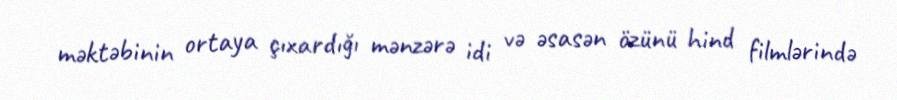
məktəbinin ortaya çıxardığı mənzərə idi və əsasən özünü hind filmlərində